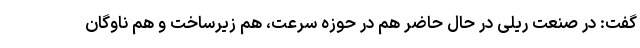
گفت: در صنعت ریلی در حال حاضر هم در حوزه سرعت، هم زیرساخت و هم ناوگان